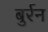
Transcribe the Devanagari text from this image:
बुर्रन